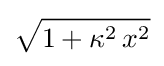
{\sqrt {1+\kappa ^{2}\,x^{2}}}